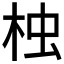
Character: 𣑺